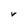
Character: V